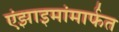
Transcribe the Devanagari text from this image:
एंझाइमांमार्फत